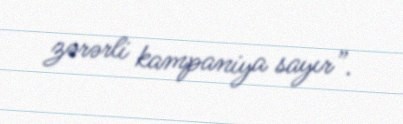
zərərli kampaniya sayır”.